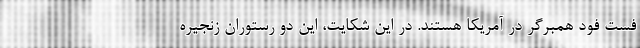
فست فود همبرگر در آمریکا هستند. در این شکایت، این دو رستوران زنجیره